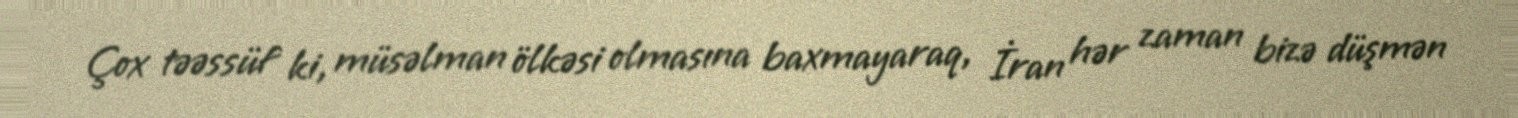
Çox təəssüf ki, müsəlman ölkəsi olmasına baxmayaraq, İran hər zaman bizə düşmən